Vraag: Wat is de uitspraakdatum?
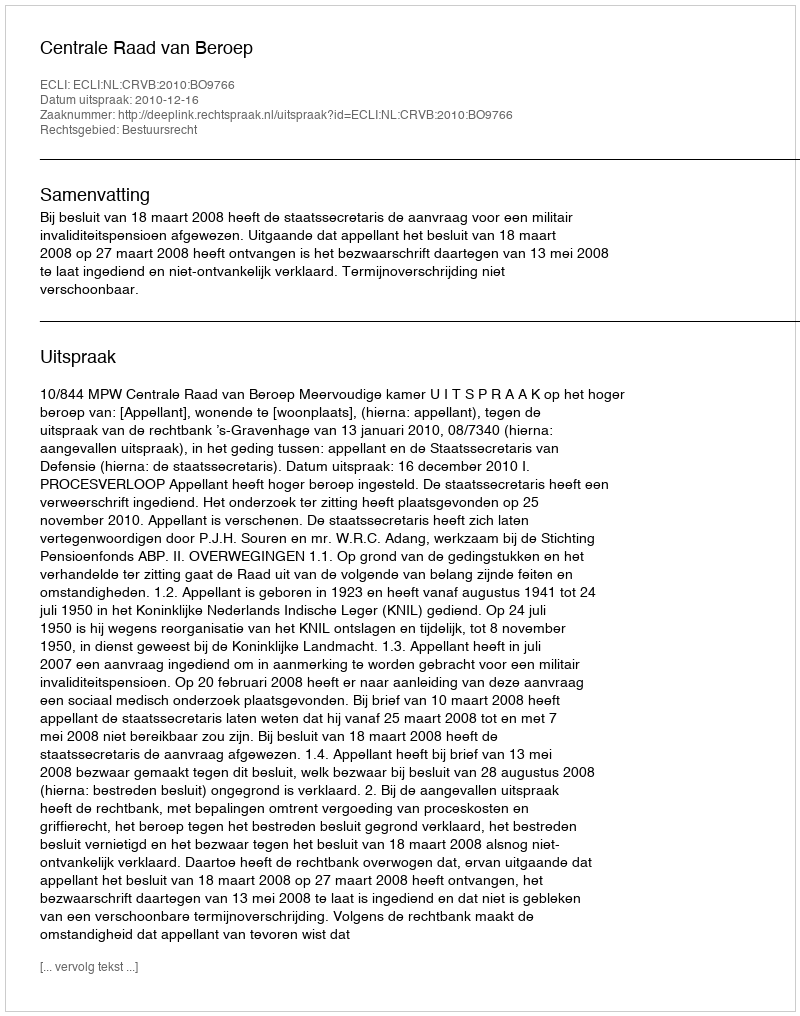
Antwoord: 2010-12-16